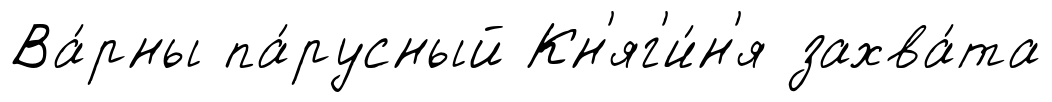
Ва́рны па́русный Кн'яг'и́н'я захва́та